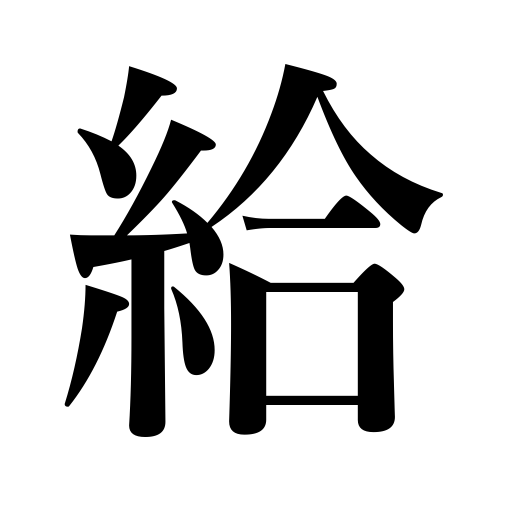
Meanings: wage,wage grade,gift